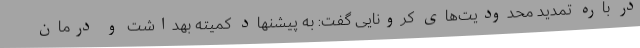
در باره تمدید محدودیت‌های کرونایی گفت: به پیشنهاد کمیته بهداشت و درمان